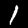
Digit: 1